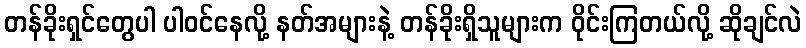
တန်ခိုးရှင်တွေပါ ပါဝင်နေလို့ နတ်အများနဲ့ တန်ခိုးရှိသူများက ဝိုင်းကြတယ်လို့ ဆိုချင်လဲ